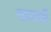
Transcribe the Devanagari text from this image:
समरों